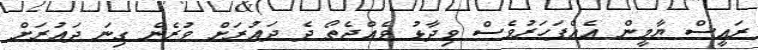
ރައީސް ޔާމީން އެއްފަހަރުވެސް ވިދާޅު ވެއްޖެތޯ ދެ ދައުރަށް ވުރެން ގިނަ ދައުރަށް